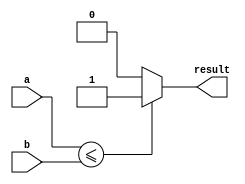
module less_than_or_equal_comparator(input [7:0] a, b, 
                                       output reg result);

   always@(a, b)
   begin
      if (a <= b)
         result <= 1;
      else
         result <= 0;
   end

endmodule